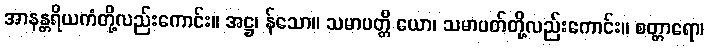
အာနန္တရိယကံတို့လည်းကောင်း။ အဋ္ဌ၊ န်သော။ သမာပတ္တိ ယော၊ သမာပတ်တို့လည်းကောင်း။ စတ္တာရော၊